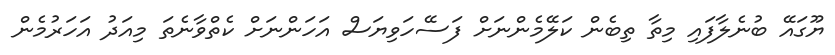
ޔޫގައޭ ބުނެލާފައި މިތާ ތިބެން ކަލޭމެންނަށް ފަސޭހަވިޔަސް އަހަންނަށް ކެތްވާނެތަ މިއަދު އަހަރުމެން